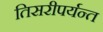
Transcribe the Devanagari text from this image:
तिसरीपर्यन्त